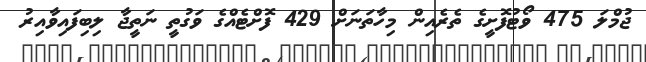
ޖުމްލަ 475 ވޯޓުފޮށީގެ ތެރެއިން މިހާތަނަށް 429 ފޮށްޓެއްގެ ވަގުތީ ނަތީޖާ ލިބިފައިވާއިރު